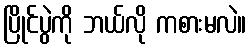
ပြိုင်ပွဲကို ဘယ်လို ကစားမလဲ။